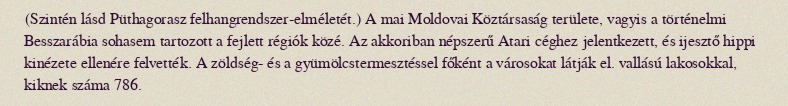
(Szintén lásd Püthagorasz felhangrendszer-elméletét.) A mai Moldovai Köztársaság területe, vagyis a történelmi Besszarábia sohasem tartozott a fejlett régiók közé. Az akkoriban népszerű Atari céghez jelentkezett, és ijesztő hippi kinézete ellenére felvették. A zöldség- és a gyümölcstermesztéssel főként a városokat látják el. vallású lakosokkal, kiknek száma 786.